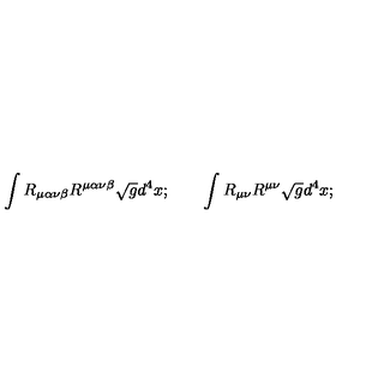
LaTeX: \int R _ { \mu \alpha \nu \beta } R ^ { \mu \alpha \nu \beta } \sqrt { g } d ^ { 4 } x ; \qquad \int R _ { \mu \nu } R ^ { \mu \nu } \sqrt { g } d ^ { 4 } x ;